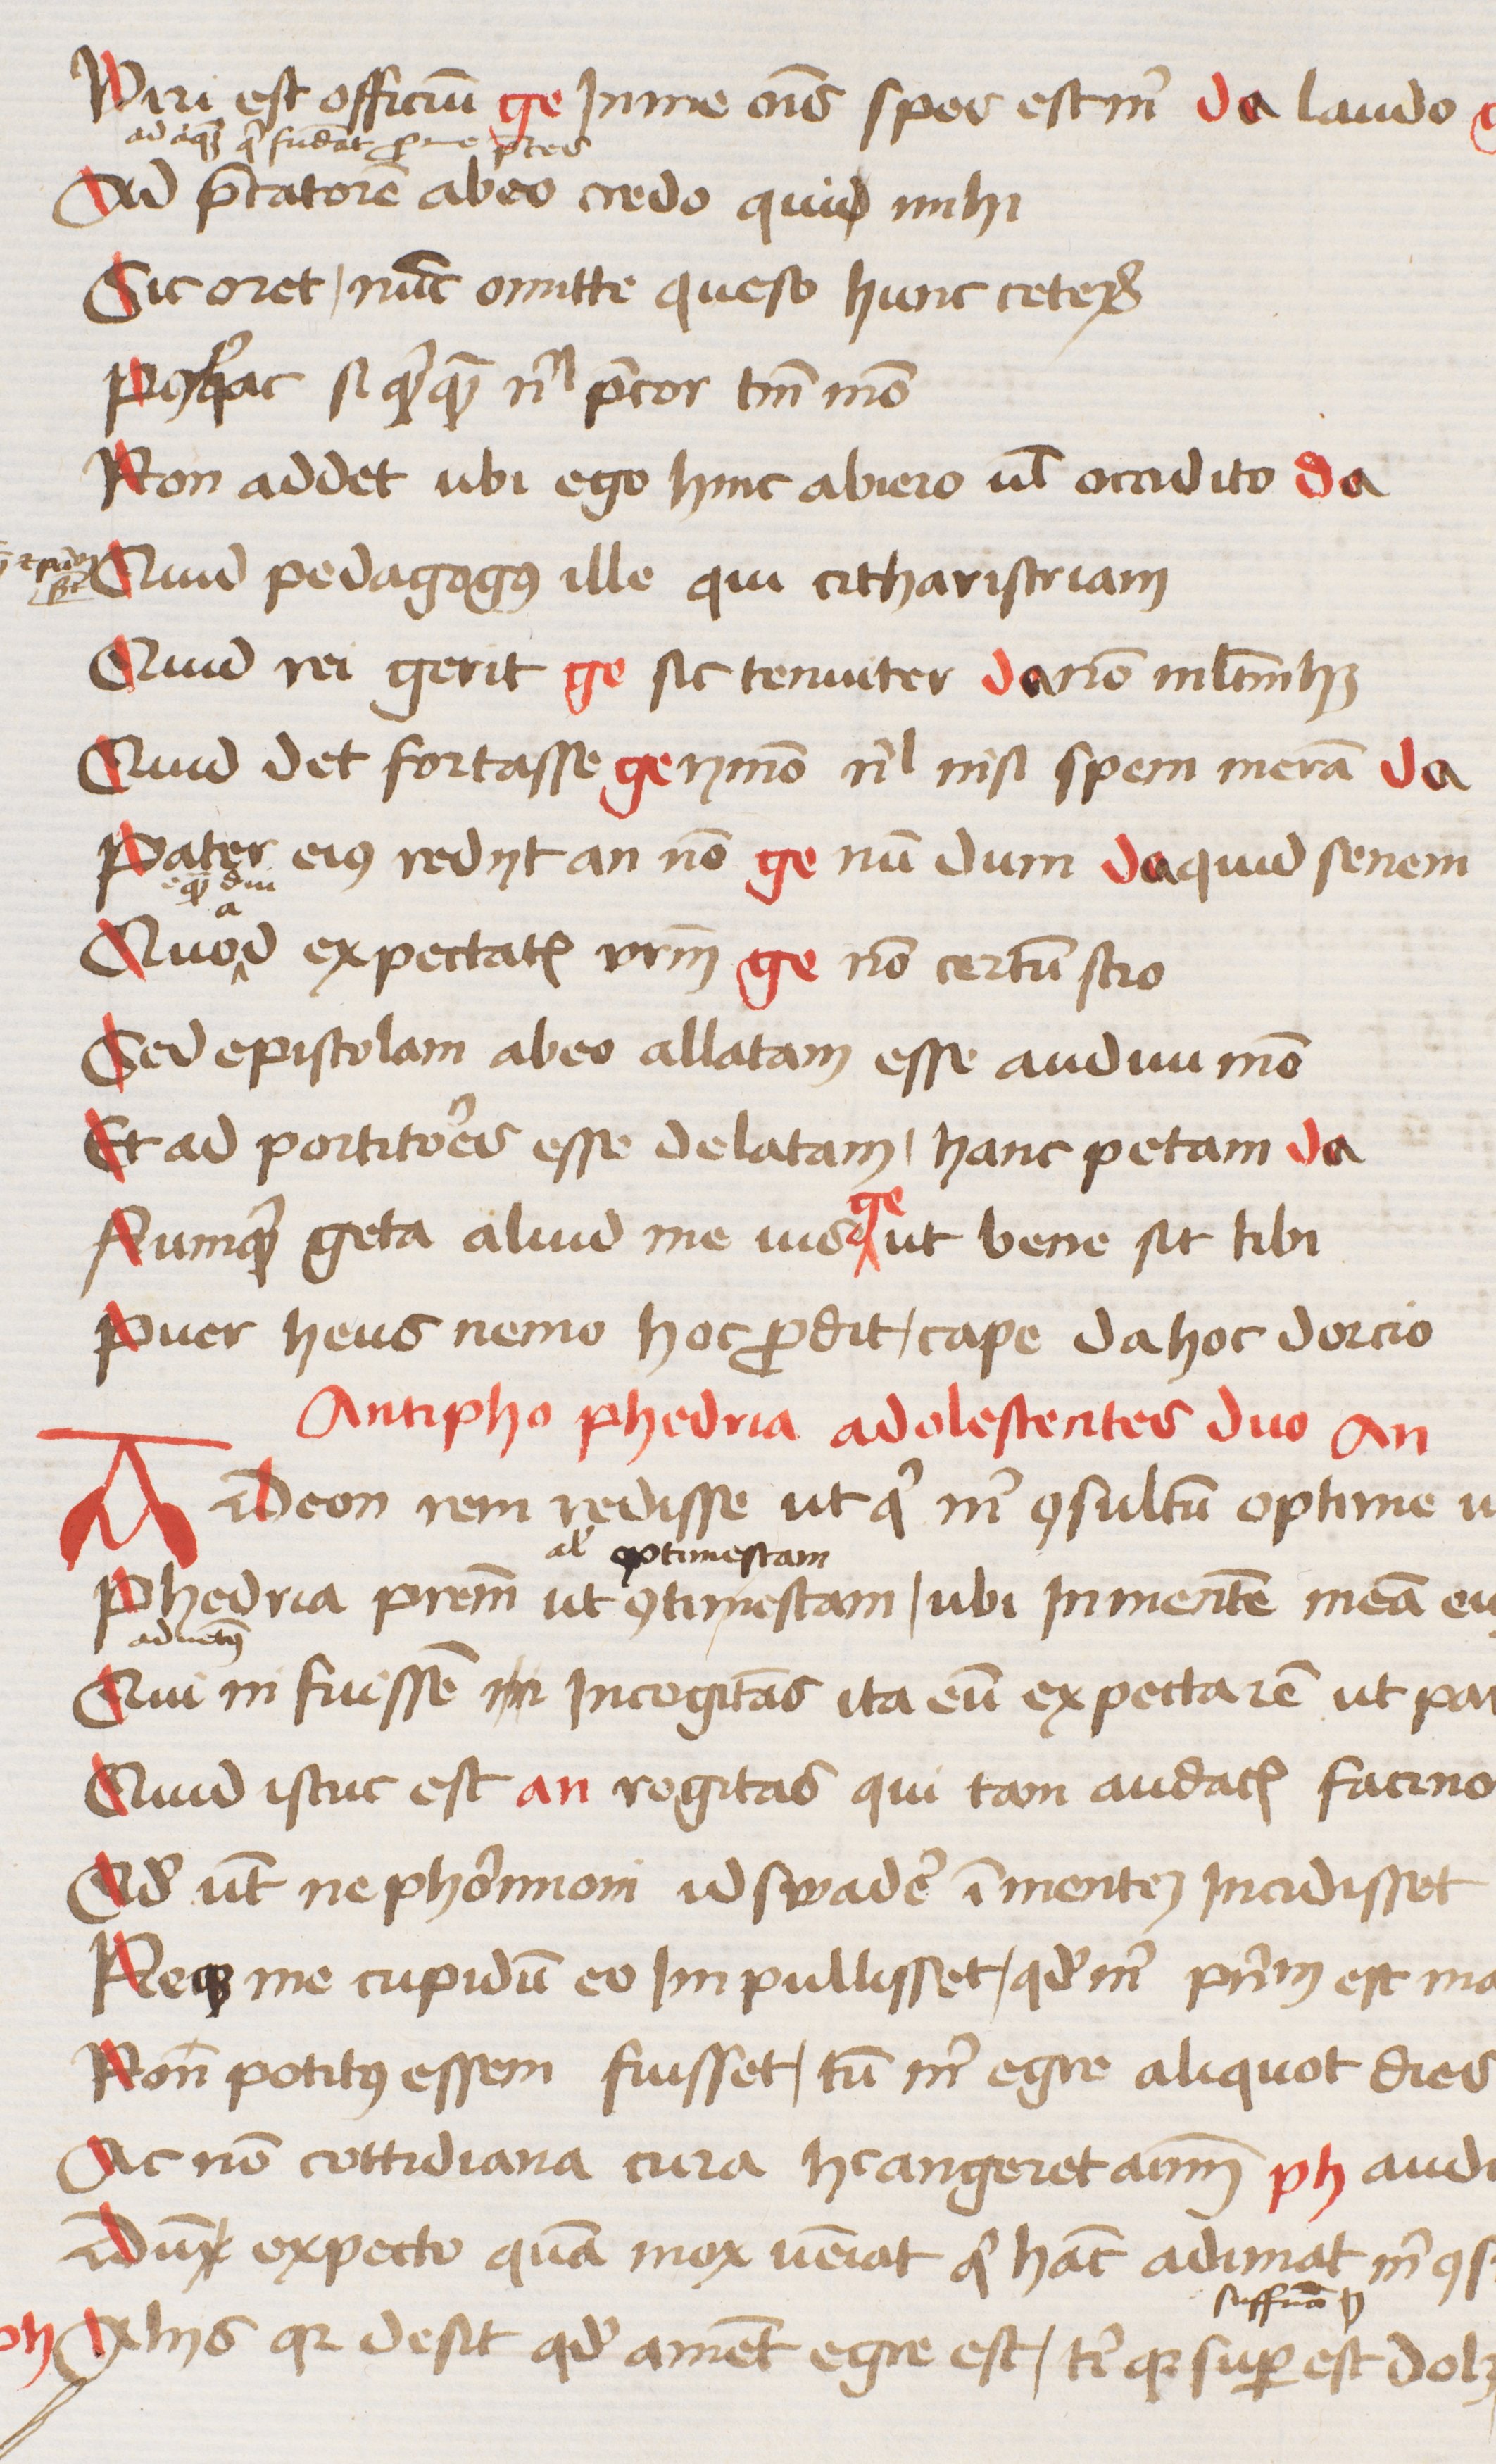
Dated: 1470–1472